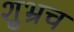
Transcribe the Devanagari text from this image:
शुभ्रच